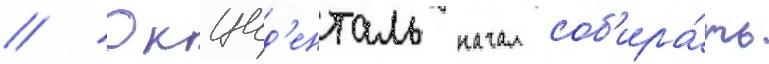
// Окцид'енталь начал соб'ира́ть